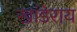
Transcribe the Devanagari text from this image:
खांडेराय